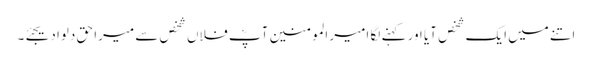
اتنے میں ایک شخص آیا اور کہنے لگا امیر المومنین آپؓ فلاں شخص سے میرا حق دلوا دیجئے۔